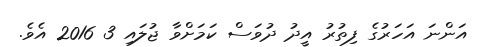
އަންނަ އަހަރުގެ ފިތުރު އީދު ދުވަސް ކަމަށްވާ ޖުލައި 3 2016 އެެވެ.